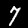
Digit: 7